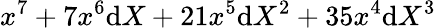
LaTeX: x^{7}+7x^{6}\mathrm{d}X+21x^{5}\mathrm{d}X^{2}+35x^{4}\mathrm{d}X^{3}